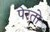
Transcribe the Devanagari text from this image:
पेरतो